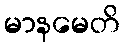
မာနမေတိ